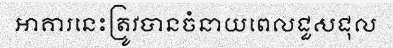
អាគារនេះត្រូវបានចំនាយពេលជួសជុល